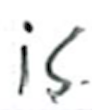
Text: is
Cross-out: clean
Writing tool: ballpoint